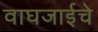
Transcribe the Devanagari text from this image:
वाघजाईचे